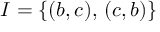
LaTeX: I = \{ ( b , c ) , \, ( c , b ) \}